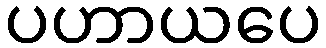
ပဟာယပေ